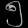
Digit: ၅